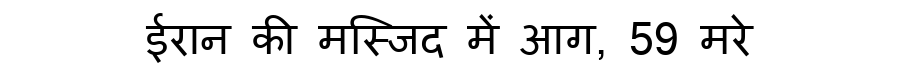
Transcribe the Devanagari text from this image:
ईरान की मस्जिद में आग, 59 मरे